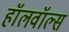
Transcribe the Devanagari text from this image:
हॉलवॉल्स